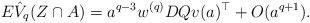
LaTeX: \begin{align*}E\hat{V}_q(Z\cap A) =a^{q-3} w^{(q)} D Q v(a)^\top+O(a^{q+1}).\end{align*}